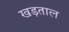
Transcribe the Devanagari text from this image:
खड़ताल